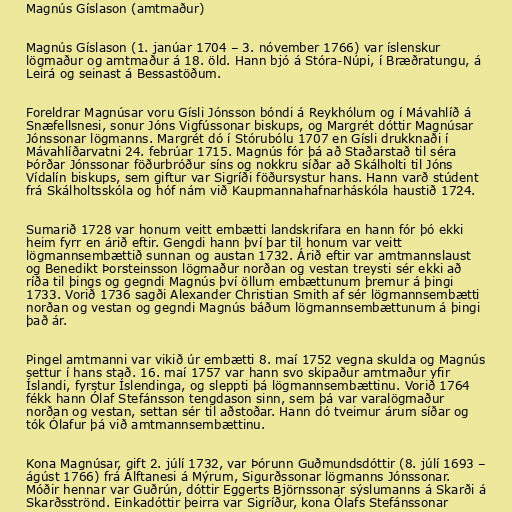
Magnús Gíslason (amtmaður)

Magnús Gíslason (1. janúar 1704 – 3. nóvember 1766) var íslenskur
lögmaður og amtmaður á 18. öld. Hann bjó á Stóra-Núpi, í Bræðratungu, á
Leirá og seinast á Bessastöðum.

Foreldrar Magnúsar voru Gísli Jónsson bóndi á Reykhólum og í Mávahlíð á
Snæfellsnesi, sonur Jóns Vigfússonar biskups, og Margrét dóttir Magnúsar
Jónssonar lögmanns. Margrét dó í Stórubólu 1707 en Gísli drukknaði í
Mávahlíðarvatni 24. febrúar 1715. Magnús fór þá að Staðarstað til séra
Þórðar Jónssonar föðurbróður síns og nokkru síðar að Skálholti til Jóns
Vídalín biskups, sem giftur var Sigríði föðursystur hans. Hann varð stúdent
frá Skálholtsskóla og hóf nám við Kaupmannahafnarháskóla haustið 1724.

Sumarið 1728 var honum veitt embætti landskrifara en hann fór þó ekki
heim fyrr en árið eftir. Gengdi hann því þar til honum var veitt
lögmannsembættið sunnan og austan 1732. Árið eftir var amtmannslaust
og Benedikt Þorsteinsson lögmaður norðan og vestan treysti sér ekki að
ríða til þings og gegndi Magnús því öllum embættunum þremur á þingi
1733. Vorið 1736 sagði Alexander Christian Smith af sér lögmannsembætti
norðan og vestan og gegndi Magnús báðum lögmannsembættunum á þingi
það ár.

Pingel amtmanni var vikið úr embætti 8. maí 1752 vegna skulda og Magnús
settur í hans stað. 16. maí 1757 var hann svo skipaður amtmaður yfir
Íslandi, fyrstur Íslendinga, og sleppti þá lögmannsembættinu. Vorið 1764
fékk hann Ólaf Stefánsson tengdason sinn, sem þá var varalögmaður
norðan og vestan, settan sér til aðstoðar. Hann dó tveimur árum síðar og
tók Ólafur þá við amtmannsembættinu.

Kona Magnúsar, gift 2. júlí 1732, var Þórunn Guðmundsdóttir (8. júlí 1693 –
ágúst 1766) frá Álftanesi á Mýrum, Sigurðssonar lögmanns Jónssonar.
Móðir hennar var Guðrún, dóttir Eggerts Björnssonar sýslumanns á Skarði á
Skarðsströnd. Einkadóttir þeirra var Sigríður, kona Ólafs Stefánssonar